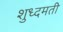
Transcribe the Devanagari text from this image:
शुध्दमती